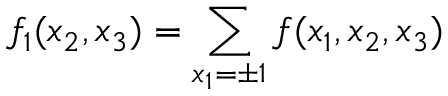
f _ { 1 } ( x _ { 2 } , x _ { 3 } ) = \sum _ { x _ { 1 } = \pm 1 } f ( x _ { 1 } , x _ { 2 } , x _ { 3 } )